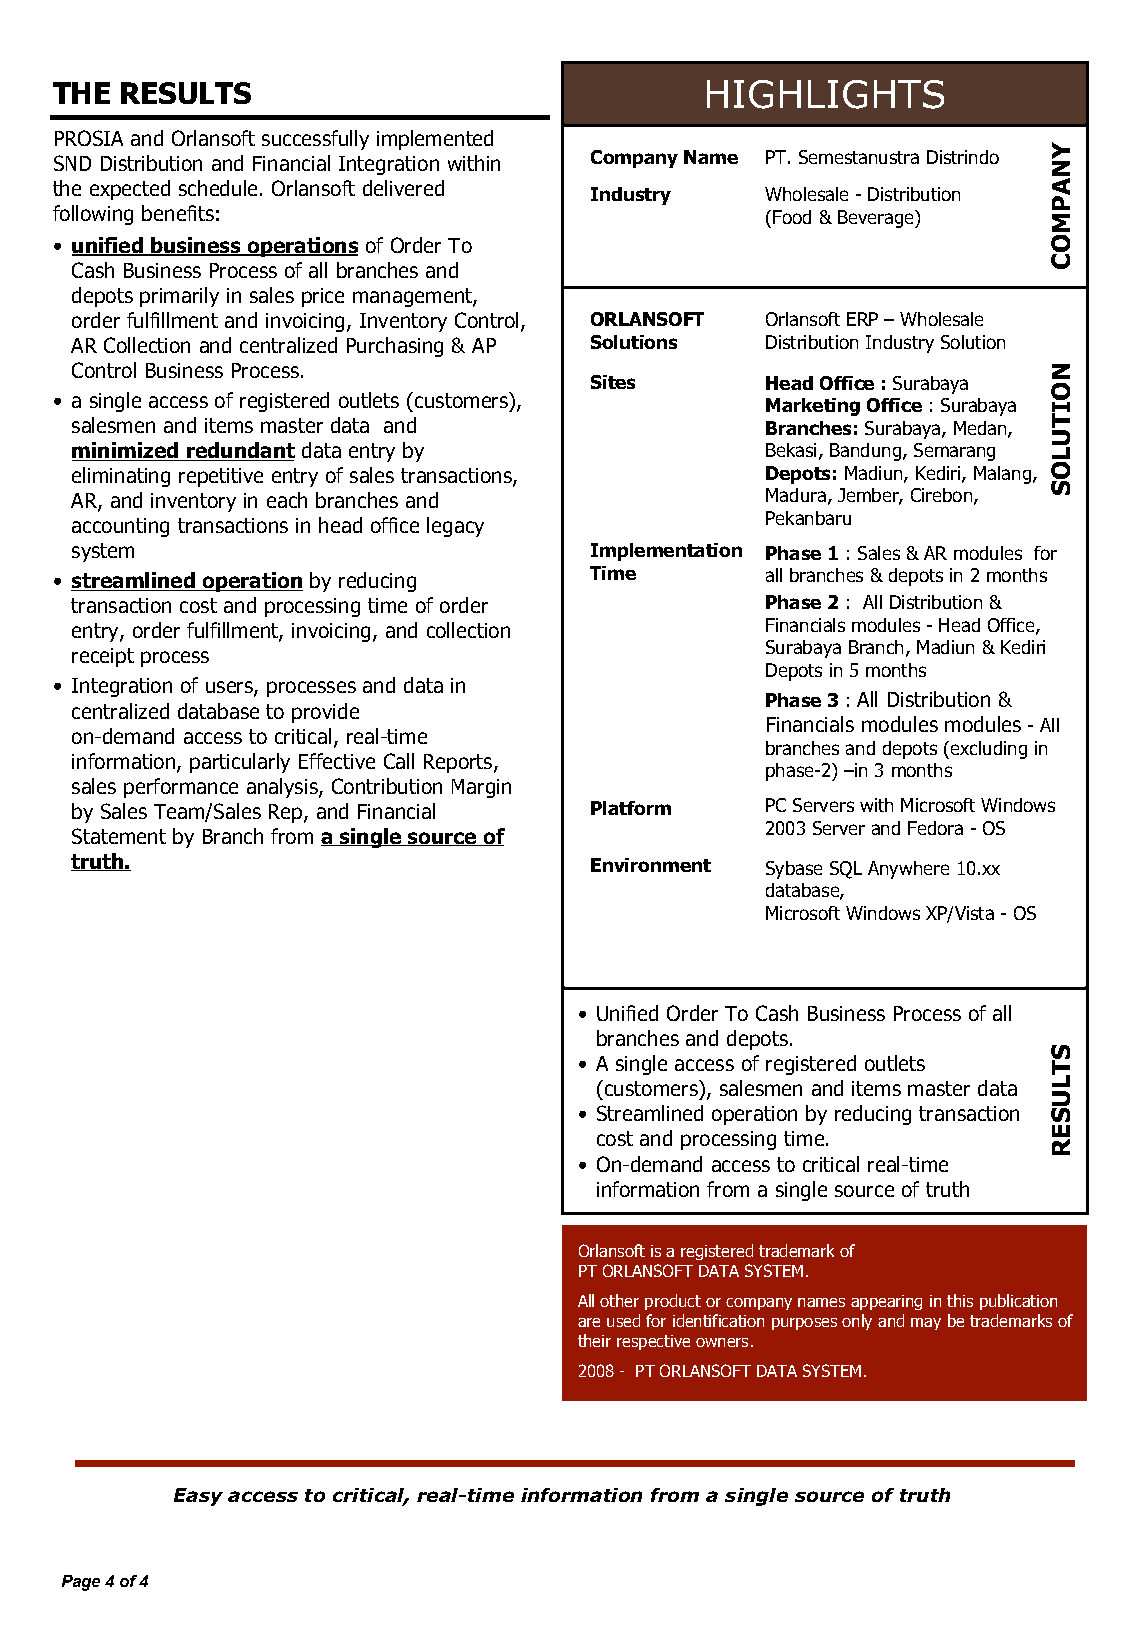
THE  RESULTS                                HIGHLIGHTS
 PROSIA and Orlansoft successfully implemented
 SND Distribution and Financial Integration within Company Name PT. Semestanustra Distrindo
 the expected schedule. Orlansoft delivered
 RecrIendautsitoryn & ProWpheolerstayle -I Dnisdtriubustiotnr y N e ws
 following benefits:                             (Food & Beverage)
 • unified business operations of Order To
 Cash Business Process of all branches and
 depots primarily in sales price management,
 order fulfillment and invoicing, Inventory Control, ORLANSOFT Orlansoft ERP – Wholesale
 AR Collection and centralized Purchasing & AP Solutions Distribution Industry Solution
 Control Business Process.
 Sites       Head Office : Surabaya
 • a single access of registered outlets (customers), Marketing Office : Surabaya
 salesmen and items master data and            Branches: Surabaya, Medan,
 minimized redundant data entry by             Bekasi, Bandung, Semarang
 eliminating repetitive entry of sales transactions, Depots: Madiun, Kediri, Malang,
 AR, and inventory in each branches and        Madura, Jember, Cirebon,
 Pekanbaru
 accounting transactions in head office legacy
 system                            Implementation Phase 1 : Sales & AR modules for
 • streamlined operation by reducing Time        all branches & depots in 2 months
 transaction cost and processing time of order Phase 2 : All Distribution &
 entry, order fulfillment, invoicing, and collection Financials modules - Head Office,
 Surabaya Branch, Madiun & Kediri
 receipt process
 Depots in 5 months
 • Integration of users, processes and data in
 Phase 3 : All Distribution &
 centralized database to provide
 Financials modules modules - All
 on-demand access to critical, real-time
 branches and depots (excluding in
 information, particularly Effective Call Reports,
 phase-2) –in 3 months
 sales performance analysis, Contribution Margin
 by Sales Team/Sales Rep, and Financial Platform PC Servers with Microsoft Windows
 2003 Server and Fedora - OS
 Statement by Branch from a single source of
 truth.                            Environment Sybase SQL Anywhere 10.xx
 database,
 Microsoft Windows XP/Vista - OS
 • Unified Order To Cash Business Process of all
 branches and depots.
 • A single access of registered outlets
 (customers), salesmen and items master data
 • Streamlined operation by reducing transaction
 cost and processing time.
 • On-demand access to critical real-time
 information from a single source of truth
 Orlansoft is a registered trademark of
 PT ORLANSOFT DATA SYSTEM.
 All other product or company names appearing in this publication
 are used for identification purposes only and may be trademarks of
 their respective owners.
 2008 - PT ORLANSOFT DATA SYSTEM.
 Easy access to critical, real-time information from a single source of truth
 Page 4 of 4
 YNAPMOC
 NOITULOS
 STLUSER